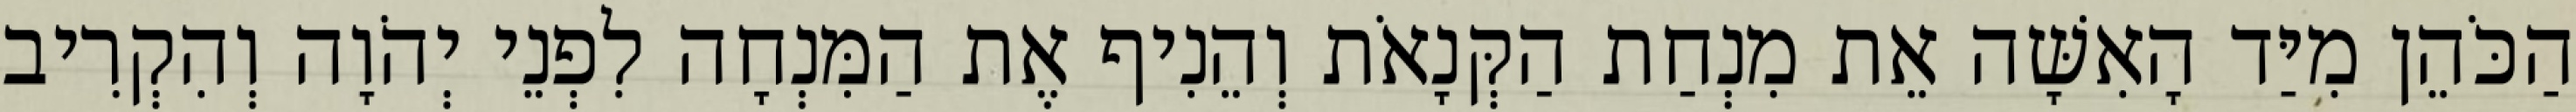
הַכֹּהֵן מִיַּד הָאִשָּׁה אֵת מִנְחַת הַקְּנָאֹת וְהֵנִיף אֶת הַמִּנְחָה לִפְנֵי יְהֹוָה וְהִקְרִיב